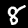
Label: 8